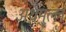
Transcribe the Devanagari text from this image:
अर्थमुल्ल